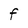
Character: f